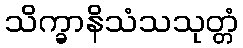
သိက္ခာနိသံသသုတ္တံ